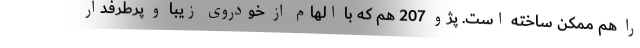
را هم ممکن ساخته است. پژو 207 هم که با الهام از خودروی زیبا و پرطرفدار